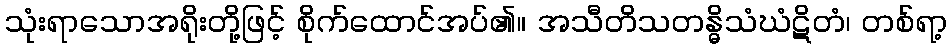
သုံးရာသောအရိုးတို့ဖြင့် စိုက်ထောင်အပ်၏။ အသီတိသတန္ဓိသံဃံဋိတံ၊ တစ်ရာ့